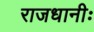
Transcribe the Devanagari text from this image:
राजधानीः